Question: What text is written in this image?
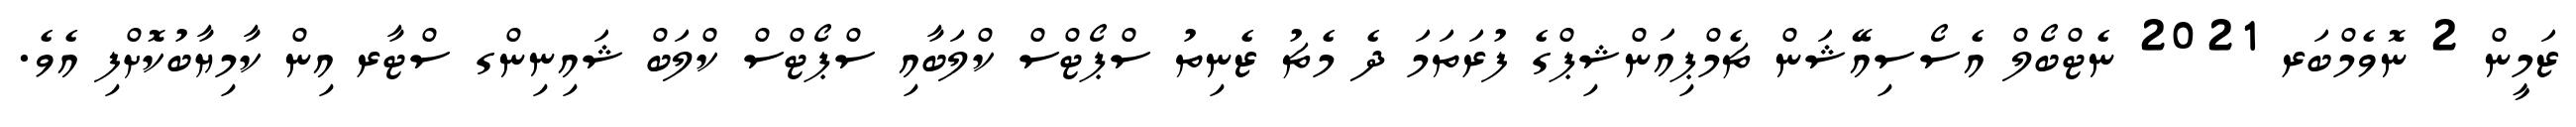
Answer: ޒަމީން 2 ނޮވެމްބަރ 2021 ނެޓްބޯލް އެސޯސިއޭޝަން ޗެމްޕިއަންޝިޕްގެ ފުރަތަމަ ދެ މެޗު ޒެނިތު ސްޕޯޓްސް ކްލަބާއި ސްޕޯޓްސް ކްލަބް ޝައިނިންގ ސްޓާރ އިން ކާމިޔާބުކޮށްފި އެވެ.